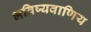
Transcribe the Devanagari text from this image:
भविष्यवाणिय